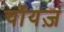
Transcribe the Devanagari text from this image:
चॉयज़